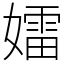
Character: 𡢽